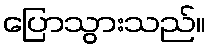
ပြောသွားသည်။